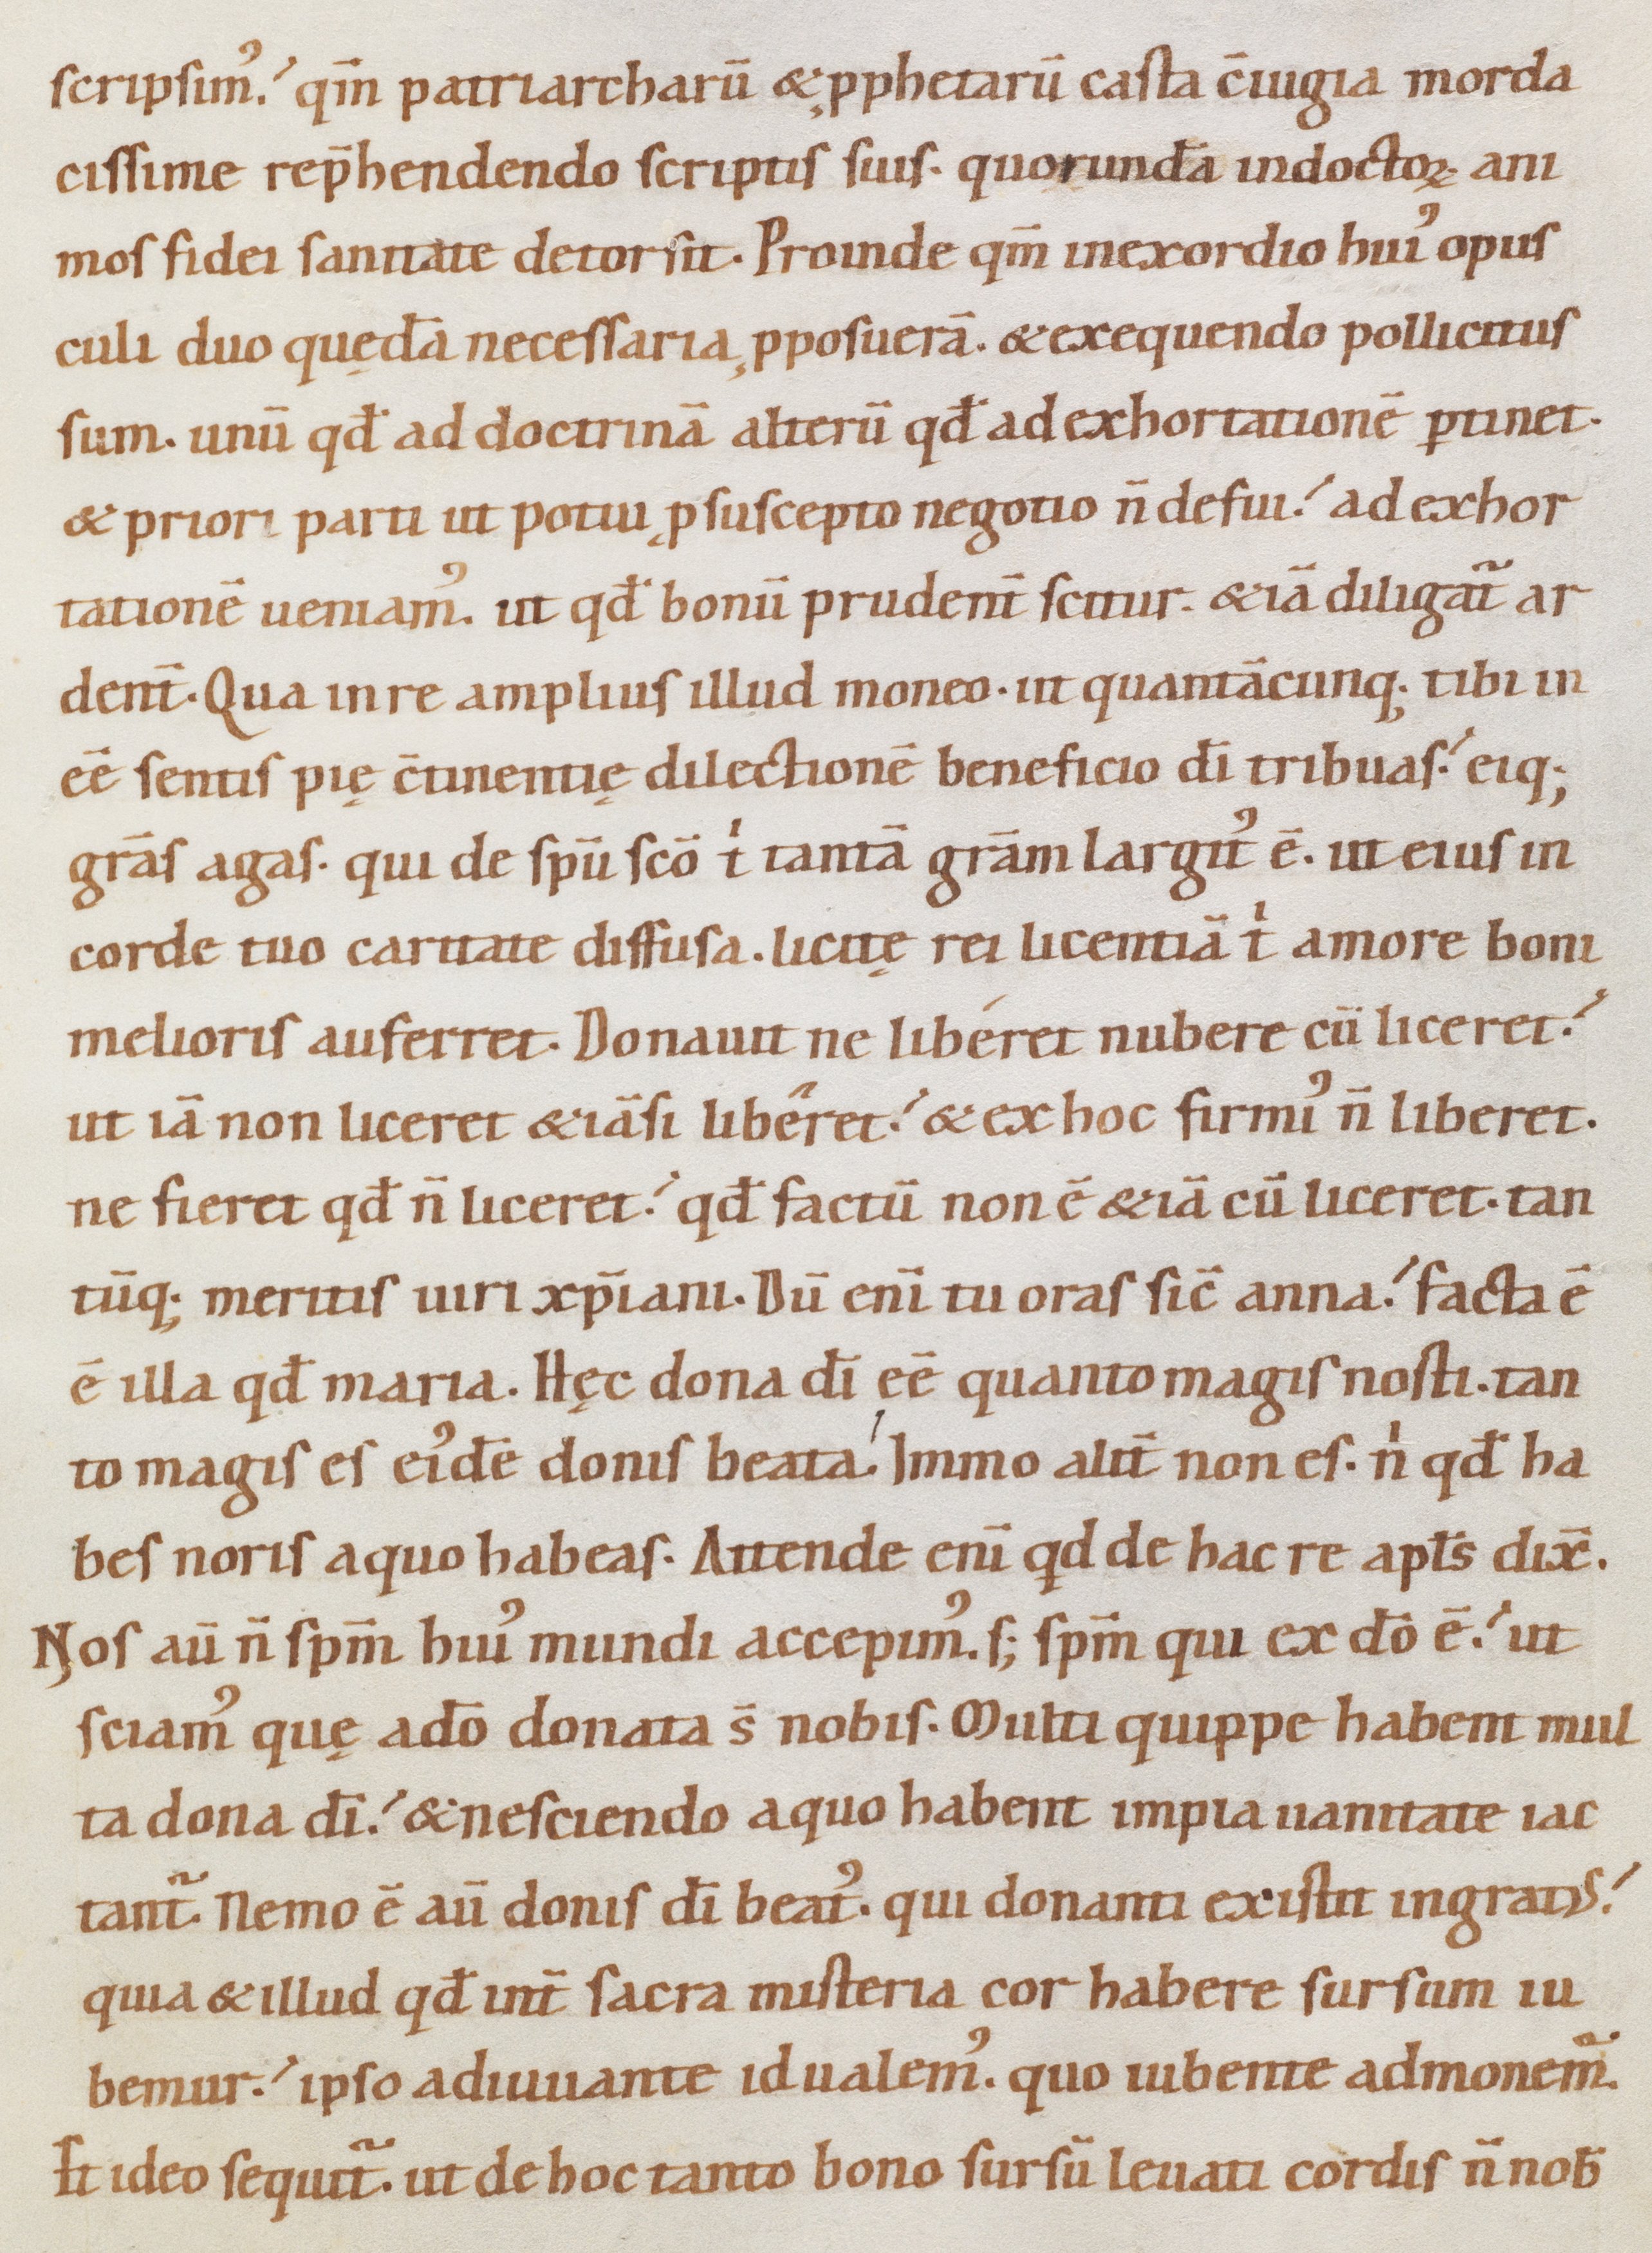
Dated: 1080–1096